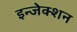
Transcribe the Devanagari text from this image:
इन्‍जेक्‍शन